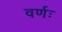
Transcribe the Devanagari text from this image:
वर्णः